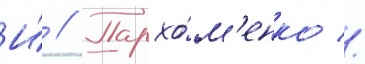
И́ // Пархо́м'енко //